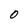
Character: O